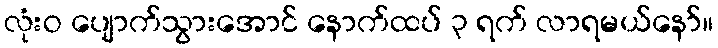
လုံးဝ ပျောက်သွားအောင် နောက်ထပ် ၃ ရက် လာရမယ်နော်။